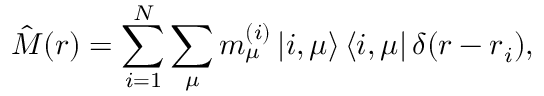
\hat { \boldsymbol M } ( \boldsymbol r ) = \sum _ { i = 1 } ^ { N } \sum _ { \mu } \boldsymbol m _ { \mu } ^ { ( i ) } \left| i , \mu \right> \left< i , \mu \right| \delta ( \boldsymbol r - \boldsymbol r _ { i } ) ,